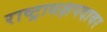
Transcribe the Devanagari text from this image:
राष्ट्राधक्षपदावर